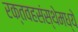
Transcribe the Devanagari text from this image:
रक्तवहसंस्थेमध्ये